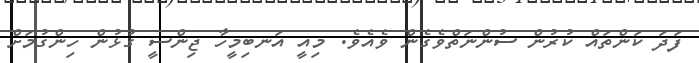
ފަދަ ކަންތައް ކުރުން ސުންނަތްވެގެން ވެއެވެ. މިއީ އަނބިމީހާ ޖިންސީ ގުޅުން ހިންގުމަށް